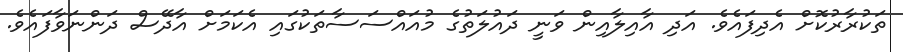
ތަކުރާރުކޮށް އެދިފައެވެ. އަދި އާއިލާއިން ވަނީ ދައުލަތުގެ މުއައްސަސާތަކުގައި އެކަމަށް އާދޭސް ދަންނަވާފައެވެ.